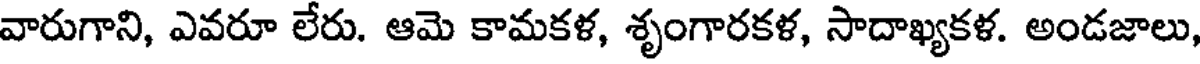
వారుగాని, ఎవరూ లేరు. ఆమె కామకళ, శృంగారకళ, సాదాఖ్యకళ. అండజాలు,